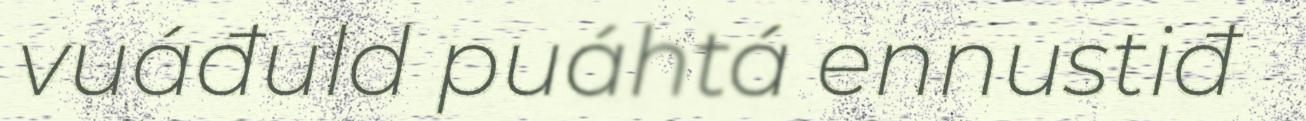
vuáđuld puáhtá ennustiđ